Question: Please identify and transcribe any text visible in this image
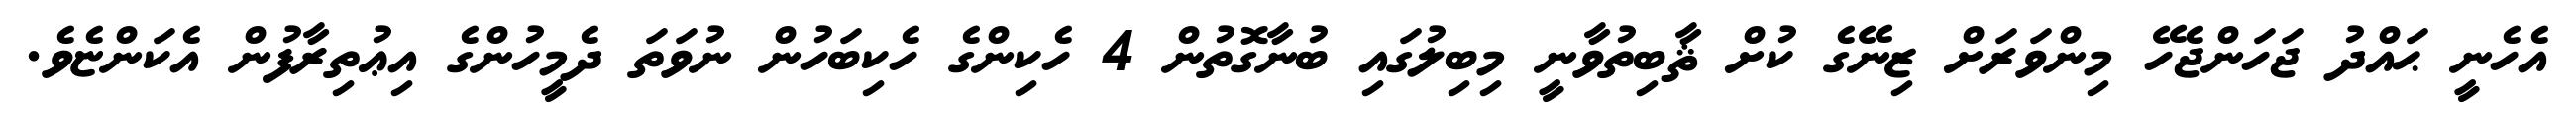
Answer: އެހެނީ ޙައްދު ޖަހަންޖެހޭ މިންވަރަށް ޒިނޭގެ ކުށް ޘާބިތުވާނީ މިބިލުގައި ބުނާގޮތުން 4 ހެކިންގެ ހެކިބަހުން ނުވަތަ ދެމީހުންގެ އިޢުތިރާފުން އެކަންޏެވެ.